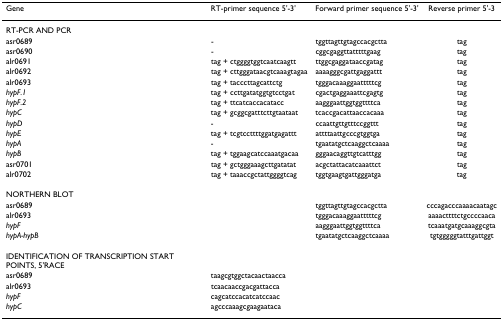
<table><thead><tr><td><b>Gene</b></td><td><b>RT-primer sequence 5&#x27;-3&#x27;</b></td><td><b>Forward primer sequence 5&#x27;-3&#x27;</b></td><td><b>Reverse primer 5&#x27;-3</b></td></tr></thead><tbody><tr><td colspan="4">RT-PCR AND PCR</td></tr><tr><td>asr0689</td><td>-</td><td>tggttagttgtagccacgctta</td><td>tag</td></tr><tr><td>asr0690</td><td>-</td><td>cggcgaggttatttttgaag</td><td>tag</td></tr><tr><td>alr0691</td><td>tag + ctggggtggtcaatcaagtt</td><td>ttggcgaggataaccgatag</td><td>tag</td></tr><tr><td>alr0692</td><td>tag + cttgggataacgtcaaagtagaa</td><td>aaaagggcgattgaggattt</td><td>tag</td></tr><tr><td>alr0693</td><td>tag + tacccttagcattctg</td><td>tgggacaaaggaatttttcg</td><td>tag</td></tr><tr><td><i>hypF.1</i></td><td>tag + ccttgatatggtgtcctgat</td><td>cgactgaggaaattcgagtg</td><td>tag</td></tr><tr><td><i>hypF.2</i></td><td>tag + ttcatcaccacatacc</td><td>aagggaattggtggttttca</td><td>tag</td></tr><tr><td><i>hypC</i></td><td>tag + gcggcgatttcttgtaataat</td><td>tcaccgacattaaccacaaa</td><td>tag</td></tr><tr><td><i>hypD</i></td><td>-</td><td>ccaattgttgtttccggttt</td><td>tag</td></tr><tr><td><i>hypE</i></td><td>tag + tcgtccttttggatgagattt</td><td>attttaattgcccgtggtga</td><td>tag</td></tr><tr><td><i>hypA</i></td><td>-</td><td>tgaatatgctcaaggctcaaaa</td><td>tag</td></tr><tr><td><i>hypB</i></td><td>tag + tggaagcatccaaatgacaa</td><td>gggaacaggttgtcatttgg</td><td>tag</td></tr><tr><td>asr0701</td><td>tag + gctgggaaagcttgatatat</td><td>acgctattacatcaaattct</td><td>tag</td></tr><tr><td>alr0702</td><td>tag + taaaccgctattggggtcag</td><td>tggtgaagtgattgggatga</td><td>tag</td></tr><tr><td colspan="4">NORTHERN BLOT</td></tr><tr><td>asr0689</td><td></td><td>tggttagttgtagccacgctta</td><td>cccagacccaaaacaatagc</td></tr><tr><td>alr0693</td><td></td><td>tgggacaaaggaatttttcg</td><td>aaaacttttctgccccaaca</td></tr><tr><td><i>hypF</i></td><td></td><td>aagggaattggtggttttca</td><td>tcaaatgatgcaaaggcgta</td></tr><tr><td><i>hypA-hypB</i></td><td></td><td>tgaatatgctcaaggctcaaaa</td><td>tgtgggggtatttgattggt</td></tr><tr><td>IDENTIFICATION OF TRANSCRIPTION START POINTS, 5&#x27;RACE</td><td></td><td></td><td></td></tr><tr><td>asr0689</td><td>taagcgtggctacaactaacca</td><td></td><td></td></tr><tr><td>alr0693</td><td>tcaacaaccgacgattacca</td><td></td><td></td></tr><tr><td><i>hypF</i></td><td>cagcatccacatcatccaac</td><td></td><td></td></tr><tr><td><i>hypC</i></td><td>agcccaaagcgaagaataca</td><td></td><td></td></tr></tbody></table>